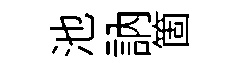
池訥箇